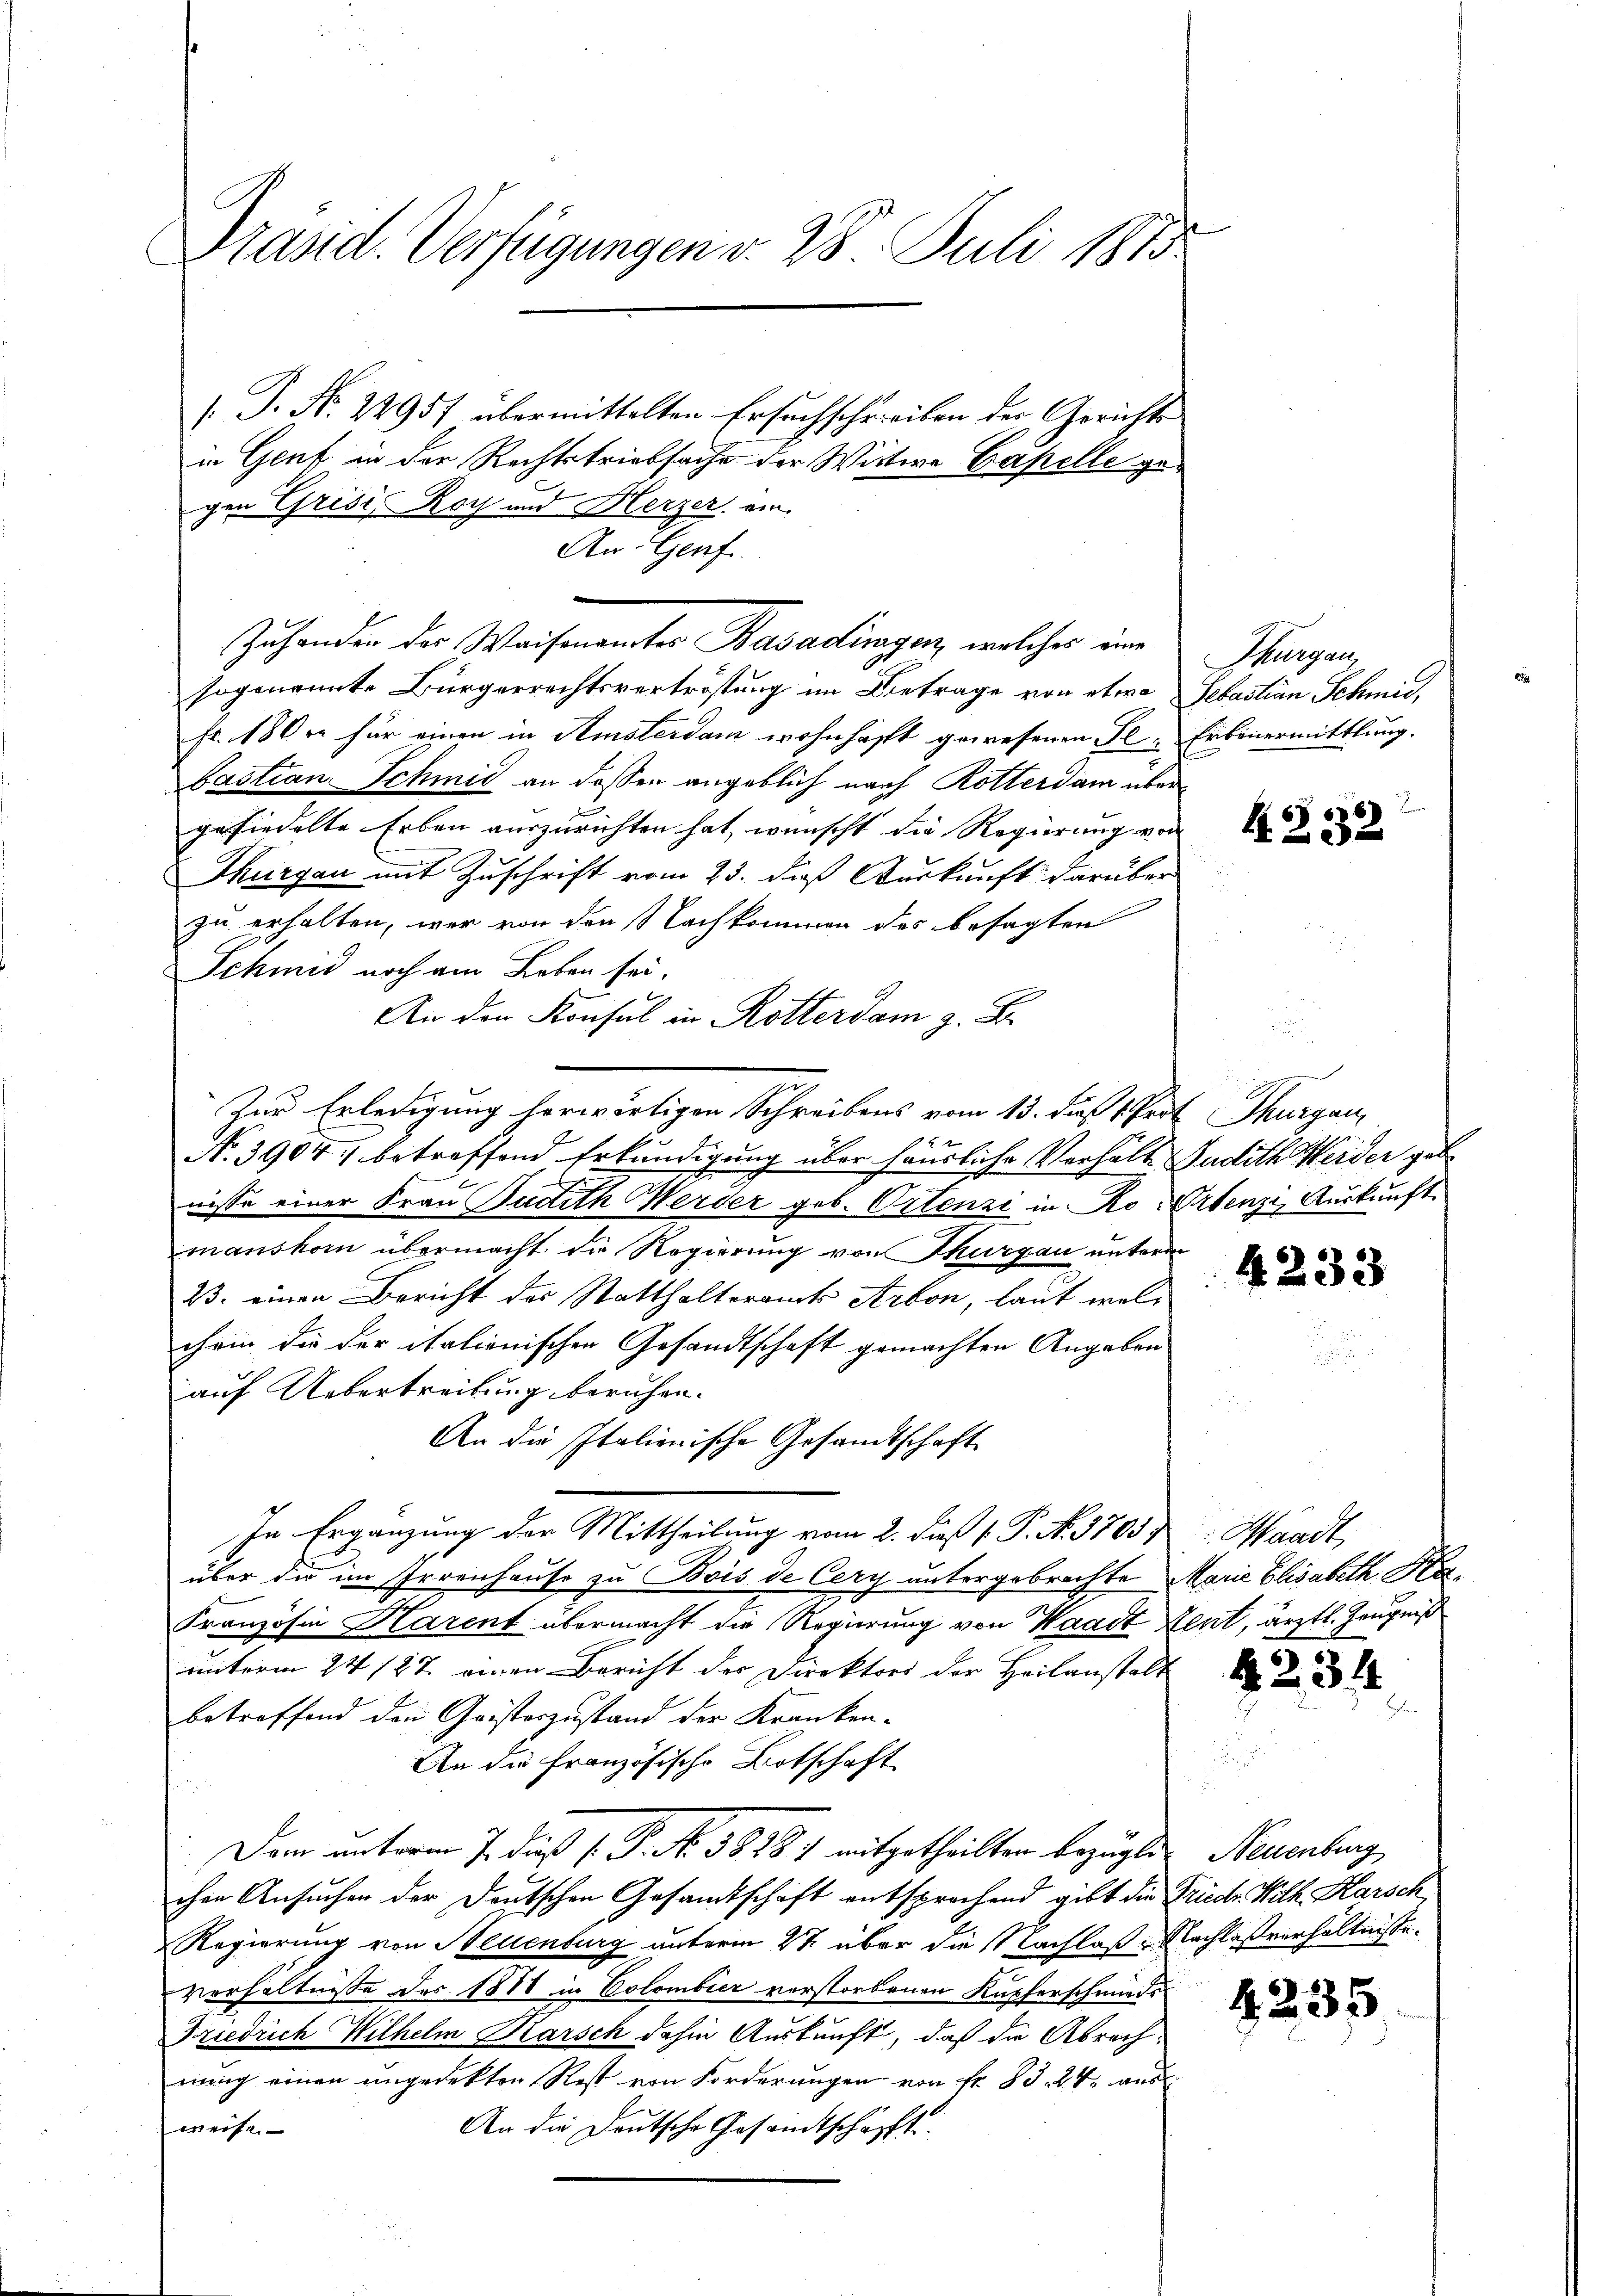
Präsid. Verfügungen v. 28. Juli 1815

/. P. Nr. 22957 übermittelten Ersuchschreiben der Gerichts
in Genf in der Rechtstriebsache der Wittwe Capelle gegen Grisis Roch und Herzer ein
An Genf
Zuhanden der Waisenamtes Basadingen, welches eine
sogenannte Bürgerrechtsvertröstung im Betrage von etwa Sebastian Schmid,
fr. 180 xr für einen in Amsterdam wohnhaft gewesenen Fel. Erbenermittlung.
bastian Schmid an dessen angeblich nach Rotterdam übergesiedelte Erben auszurichten hat, wünscht die Regierung von
Thurgau mit Zuschrift vom 23. daß Auskunft darüber
zu erhalten, war von den Nachkommen des besagten
Jchmid noch am Leben sei.
An den Konsul in Rotterdam z. B.
Zur Erledigung herwärtigen Schreibens vom 13. daß 1. Prof. Thurgau,
No. 3904. betreffend Erkundigung über häusliche Verhält Judith Weider geb
nisse einer Frau Judith Werder geb. Ortenzi in Ro- Ortenzi, Auskunft
manskom übermacht die Regierung von Thurgau unterm
13. einen Bericht des Statthalteramts Arbon, laut welchein die der italionischen Gesandtschaft gemachten Angaben
auf Uebertreibung beruhen.
An die Italienische Gesandtschaft
In Ergänzung der Mittheilung vom 2. dieß v. P. N. 3705)
über die im Irrenhause zu Bois de Cery untergebrachte Marie Elisabeth Ha¬
Französin Harent übermacht die Regierung von Waadt Lent, ärztl. Zeugniß
unterm 24 /27. einen Bericht der Direktors der Heilanstalt
betreffend den Christorzustand der Kranken¬
An die Französische Botschaft
Dam unterm 7. daß 1. P. No. 58287 mitgetheilten bezügli
chen Ansucher der Deutschen Gesamtschaft entsprochend gibt die Friedr. Wilh. Karsch
Regierung von Neuenburg unterm 22 über die Nachlaß - Nachlaßverhältnisse.
verhältnisse des 1888 in Colombier verstorbenen Kupferschmieds¬
Friedrich Wilhelm Karsch dahin Auskunft, daß die Abrechnung einen ungedekten Rost von Forderungen von fr. 83. 24. aus
An die Deutsche Gesandtschöpft.
weise.

Thurgau,

4232

4233

Waadt,

4234

Neuenburg

4235